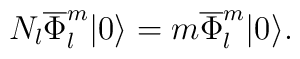
N_l\overline{\Phi}_l^m|0\rangle=m\overline{\Phi}_l^m|0\rangle.